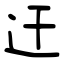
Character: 迀